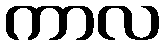
ကာလ